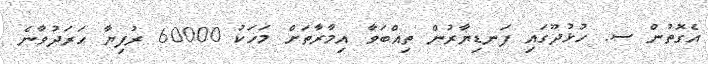
އެގޮތުން ސ. ހުޅުދޫގައި ފަނޑިޔާރުން ތިއްބަވާ އިމާރާތަށް މަހަކު 60000 ރުފިޔާ ހަރަދުވާނެ